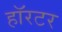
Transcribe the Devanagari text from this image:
हॉरटर